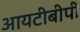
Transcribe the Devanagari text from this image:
आयटीबीपी